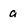
Character: a